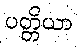
ပတ္တိယာ